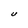
Character: U